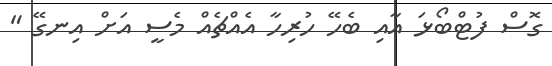
ގޮސް ފުޓްބޯޅަ އާއި ބެހޭ ހުރިހާ އެެއްޗެއް މެސީ އަށް އިނގޭ "